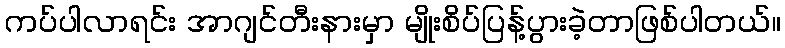
ကပ်ပါလာရင်း အာဂျင်တီးနားမှာ မျိုးစိပ်ပြန့်ပွားခဲ့တာဖြစ်ပါတယ်။